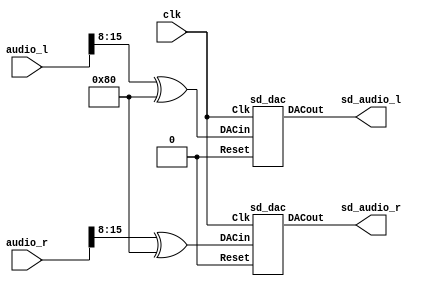
`timescale 1ns / 1ps
`default_nettype none

//////////////////////////////////////////////////////////////////////////////////
// Company: 
// Engineer: 
// 
// Design Name: 
// Module Name: sigma_delta_codec
// Project Name: 
// Target Devices: 
// Tool Versions: 
// Description: 
// 
// Dependencies: 
// 
// Revision:
// Revision 0.01 - File Created
// Additional Comments:
// 
//////////////////////////////////////////////////////////////////////////////////

`define MSBI 7 // Most significant Bit of DAC input

module sigma_delta_codec (
  input wire clk,
  input wire [15:0] audio_l,
  input wire [15:0] audio_r,
  output wire sd_audio_l,
  output wire sd_audio_r 
  );
  
  wire [7:0] audio8il = audio_l[15:8] ^ 8'h80;
  wire [7:0] audio8ir = audio_r[15:8] ^ 8'h80;
  sd_dac izquierdo (clk, 1'b0, audio8il, sd_audio_l);
  sd_dac derecho   (clk, 1'b0, audio8ir, sd_audio_r);
endmodule

module sd_dac (
	input wire Clk,
	input wire Reset,
	input wire [`MSBI:0] DACin, // DAC input (excess 2**MSBI)
	output reg DACout // This is the average output that feeds low pass filter
	);
	
	reg [`MSBI+2:0] DeltaAdder; // Output of Delta adder
	reg [`MSBI+2:0] SigmaAdder; // Output of Sigma adder
	reg [`MSBI+2:0] SigmaLatch = 1'b1 << (`MSBI+1); // Latches output of Sigma adder
	reg [`MSBI+2:0] DeltaB; // B input of Delta adder

	always @(SigmaLatch) DeltaB = {SigmaLatch[`MSBI+2], SigmaLatch[`MSBI+2]} << (`MSBI+1);
	always @(DACin or DeltaB) DeltaAdder = DACin + DeltaB;
	always @(DeltaAdder or SigmaLatch) SigmaAdder = DeltaAdder + SigmaLatch;
	always @(posedge Clk)
	begin
		if(Reset)
		begin
			SigmaLatch <= 1'b1 << (`MSBI+1);
			DACout <= 1'b0;
		end
		else
		begin
			SigmaLatch <= SigmaAdder;
			DACout <= SigmaLatch[`MSBI+2];
		end
	end
endmodule

`default_nettype wire